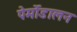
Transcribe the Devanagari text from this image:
पेर्मोडालन